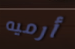
أرميه